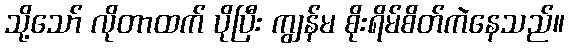
သို့သော် လိုတာထက် ပိုပြီး ကျွန်မ စိုးရိမ်စိတ်ကဲနေသည်။